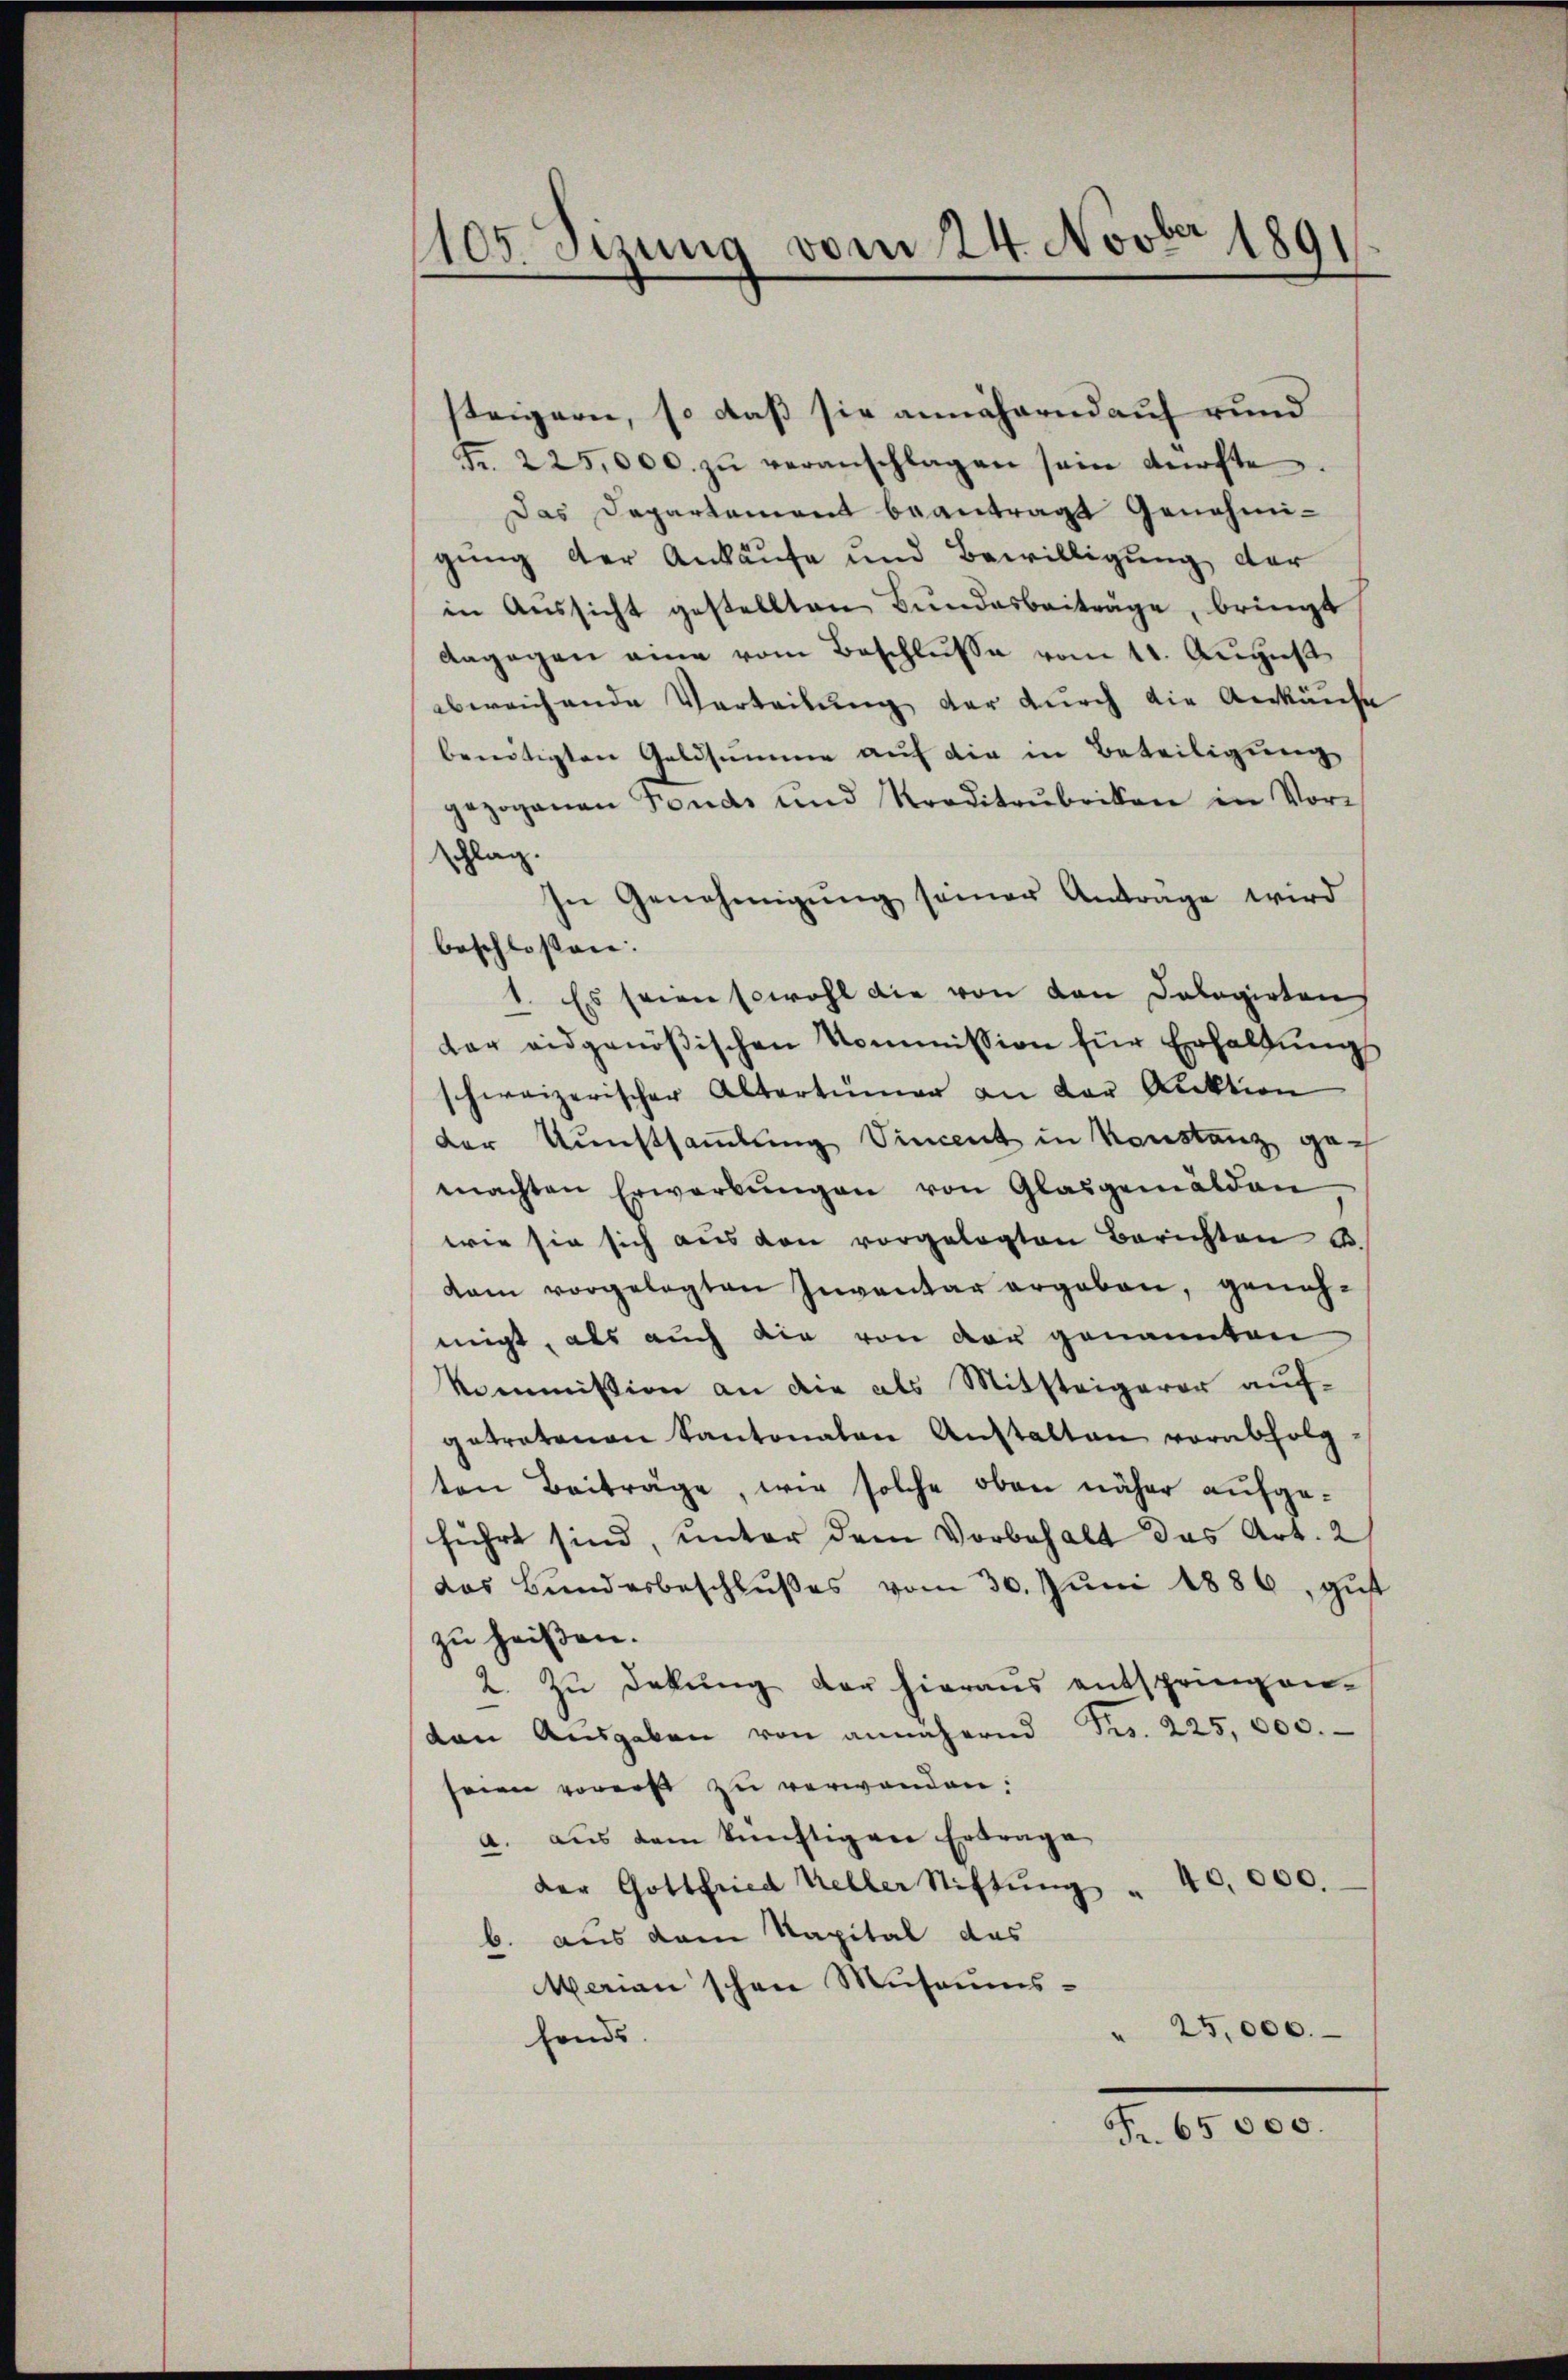
1105. Sizung vom 24. Novber 1891

steigern, so daß sie annähernd auf rund
Fr. 225,000. zŭ veranschlagen sein dürfte
Das Departement beantragt Genehmigŭng der Ankäufe und Bewilligung der
in Aŭssicht gestellten Bŭndesbeiträge, bringt
dagegen eine vom Beschlusse vom 11. August
abweichende Verteilung der durch die Ankäufe
benötigten Geldsumme auf die in Beteiligung
gezogenen Fonds und Kreditaŭbriken in Vor-
schlag.
In Genehmigŭng seiner Antrage wird
beschlossen.
1. Es seien sowohl die von den Dologirten
der eidgenößischen Kommission für Erhaltungs
schweizerischer Altertümer an der Auktion
der Kunstsammlung Vincent in Konstanz gen
machten Erwerbŭngen von Glasgemälden
wie sie sich aus den vorgelegten Berichten u.
dam vorgelegten Inventar ergaben, genehmigt, als auch die von der genannten
kommission an die als Mitsteigerer aufgetretenen Kantonalen Anstalten vorabfolg-
ten Beiträge, wie solche oben näher aufgeführt sind, unter dem Vorbehalt das Art. 2
das Bundesbeschlŭβes vom 30. Jŭni 1886, gut
zu heißen.
2. Zŭ dekŭng der hieraŭs entspringen-
ten Ausgaben von annähernd Fr. 225,000.
seien vorers zu verwenden.
a. aŭs dem künftigen Ertrage
der Gottfried Keller Stiftŭng " 40,000.
b. aus dem Kapital das
MMarian schon Mŭsaŭms¬
25,000.
fonds.
F. 65000.